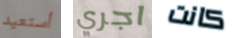
أستعيد اجري كانت